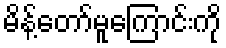
မိန့်တော်မူကြောင်းကို